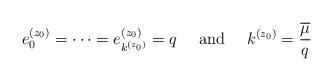
LaTeX: \begin{align*} e_0^{(z_0)} = \dotsb = e_{k^{(z_0)}}^{(z_0)} = q \textrm{ \ \ \ and \ \ \ } k^{(z_0)} = \frac{\overline{\mu}}{q} \end{align*}